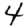
Digit: 4